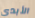
الأبدي